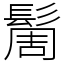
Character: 䯾